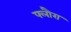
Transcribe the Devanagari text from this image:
फ्लौरा